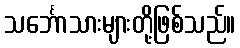
သင်္ဘောသားများတို့ဖြစ်သည်။